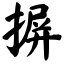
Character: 摒